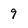
Character: 9